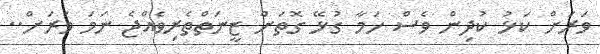
ވަރަށް ކަޅު ކުދިން ވެސް ހަމާ ގުޅޭ ގޮތަށް ޒީނަތްތެރިވެއްޖެ ނަމަ ވަރަށް..